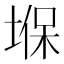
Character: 堢